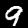
Digit: 9